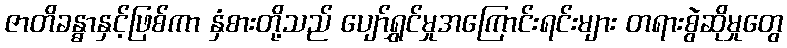
ဇာတိခန္ဓာနှင့်ဖြစ်ကာ နှံစားတို့သည် ပျော်ရွှင်မှုအကြောင်းရင်းများ တရားစွဲဆိုမှုတွေ